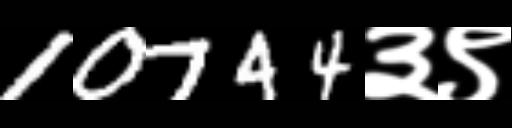
Text: 10744३९